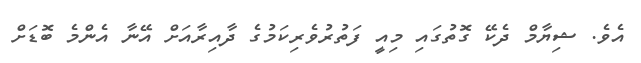
އެވެ. ޝިޔާމް ދެކޭ ގޮތުގައި މިއީ ފަތުރުވެރިކަމުގެ ދާއިރާއަށް އޭނާ އެންމެ ބޮޑަށް